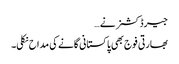
جیرڈ کشنر نے …
بھارتی فوج بھی پاکستانی گانے کی مداح نکلی۔